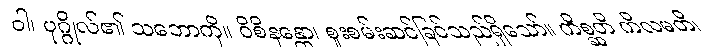
ဝါ၊ ပုဂ္ဂိုလ်၏ သဘောကို။ ဝိစိနန္တော၊ စူးစမ်းဆင်ခြင်သည်ရှိသော်။ ကိစ္ဆတိ ကိလမတိ၊